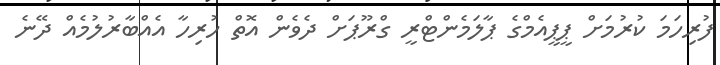
ފުރިހަމަ ކުރުމަށް ޕީޕީއެމްގެ ޕާލަމެންޓްރީ ގްރޫޕަށް ދެވެން އޮތް ހުރިހާ އެއްބާރުލުމެއް ދޭނެ